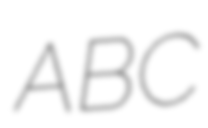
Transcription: ABC